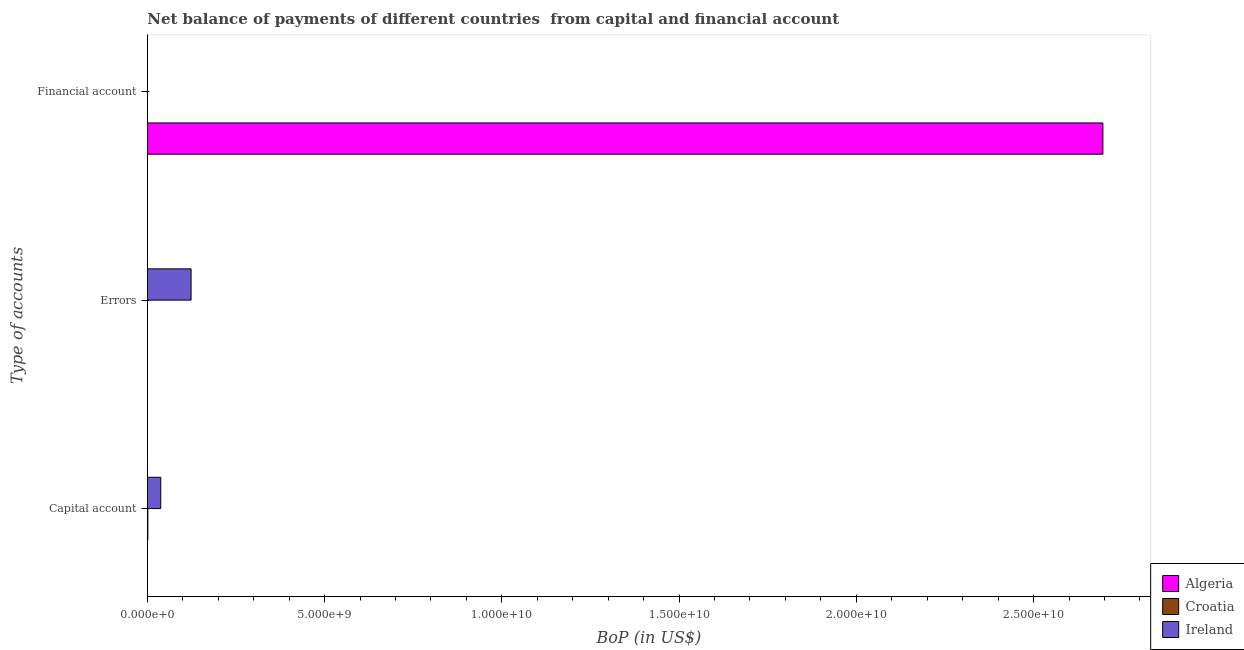
| Type of accounts | Algeria | Croatia | Ireland |
 | --- | --- | --- | --- |
 | Capital account | -5e+06 | 1.47e+07 | 3.79e+08 |
 | Errors | -1.96e+09 | -1.72e+09 | 1.23e+09 |
 | Financial account | 2.7e+10 | -4.92e+09 | -6.25e+09 |